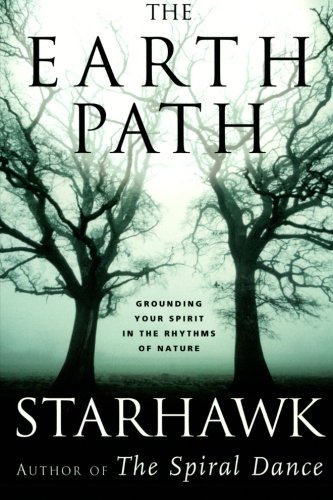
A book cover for The Earth Path: Grounding Your Spirit in the Rhythms of Nature; Starhawk; Religion & Spirituality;